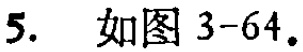
5. 如图3-64。